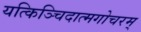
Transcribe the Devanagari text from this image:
यत्किञ्चिदात्मगोचरम्